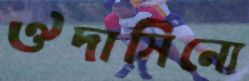
ঔদাসিন্যে